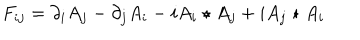
LaTeX: F _ { i j } = \partial _ { i } A _ { j } - \partial _ { j } A _ { i } - i A _ { i } \star A _ { j } + i A _ { j } \star A _ { i }